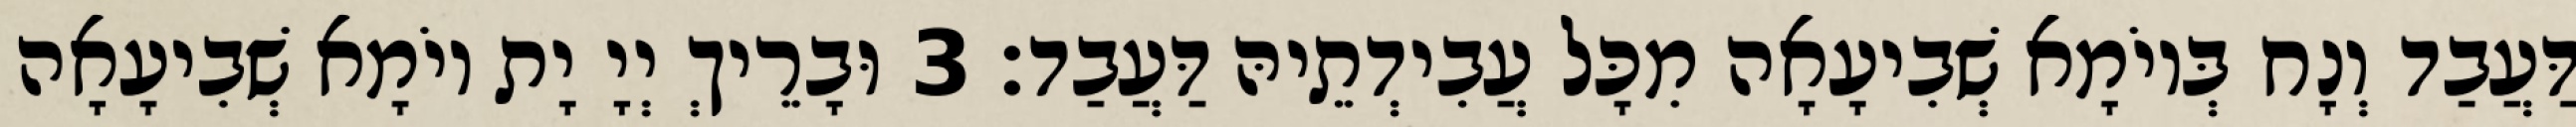
דַּעֲבַד וְנָח בְּיוֹמָא שְׁבִיעָאָה מִכָּל עֲבִידְתֵיהּ דַּעֲבַד׃ 3 וּבָרֵיךְ יְיָ יָת יוֹמָא שְׁבִיעָאָה